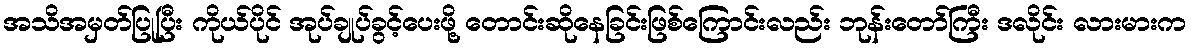
အသိအမှတ်ပြုပြီး ကိုယ်ပိုင် အုပ်ချုပ်ခွင့်ပေးဖို့ တောင်းဆိုနေခြင်းဖြစ်ကြောင်းလည်း ဘုန်းတော်ကြီး ဒလိုင်း လားမားက